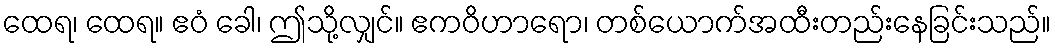
ထေရ၊ ထေရ။ ဧဝံ ခေါ၊ ဤသို့လျှင်။ ဧကဝိဟာရော၊ တစ်ယောက်အထီးတည်းနေခြင်းသည်။